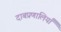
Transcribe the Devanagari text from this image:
दाबप्रणालियाँ